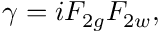
{ \gamma } = i { \cal F } _ { 2 g } { \cal F } _ { 2 w } ,